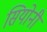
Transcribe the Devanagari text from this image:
सियोनी